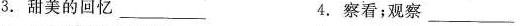
3.甜美的回忆 ___ 4.察看;观察 ___